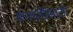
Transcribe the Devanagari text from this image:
कत्तलींसाठी